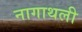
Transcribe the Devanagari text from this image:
नागाथली